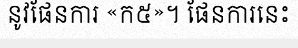
នូវផែនការ «ក៥»។ ផែនការនេះ